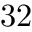
3 2